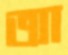
আ